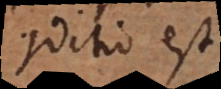
conditio est